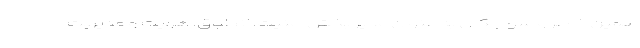
همین خاطر واسو جکال به عنوان مدیر بخش امنیت، انطباق، هویت و مدیریت